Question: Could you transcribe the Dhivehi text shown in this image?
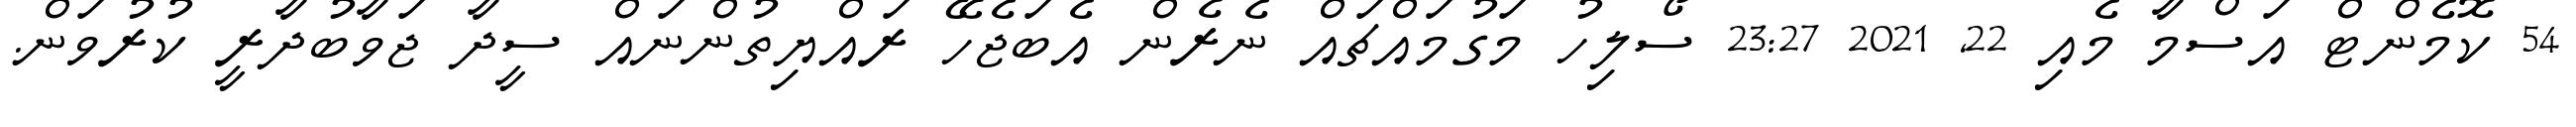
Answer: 54 ކޮމެންޓް އަސްމާ މެއި 22, 2021 23:27 ސޯލިހު މަގުމައްޗައް ނެރެން އެބަޖެހޭ ރައްޔިތުންނައް ސީދާ ޖަވާބުދާރީ ކުރުވަން.